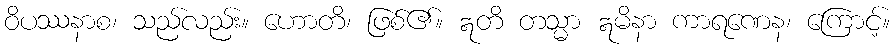
ဝိပဿနာစ၊ သည်လည်း။ ဟောတိ၊ ဖြစ်၏။ ဣတိ တသ္မာ ဣမိနာ ကာရဏေန၊ ကြောင့်။